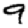
Digit: 9